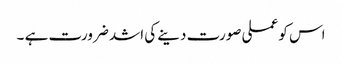
اس کو عملی صورت دینے کی اشد ضرورت ہے ۔